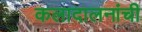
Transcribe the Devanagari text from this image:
कलादालनांची